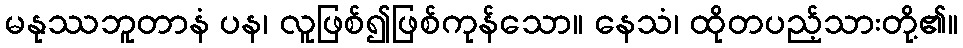
မနုဿဘူတာနံ ပန၊ လူဖြစ်၍ဖြစ်ကုန်သော။ နေသံ၊ ထိုတပည့်သားတို့၏။